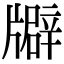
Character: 𤗺